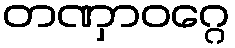
တဏှာဝဂ္ဂေ